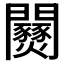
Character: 𨷹